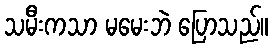
သမီးကသာ မမေးဘဲ ပြောသည်။